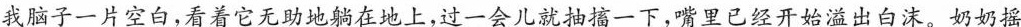
我脑子一片空白，看着它无助地躺在地上，过一会儿就抽一下，嘴里已经开始溢出白沫。奶奶摇